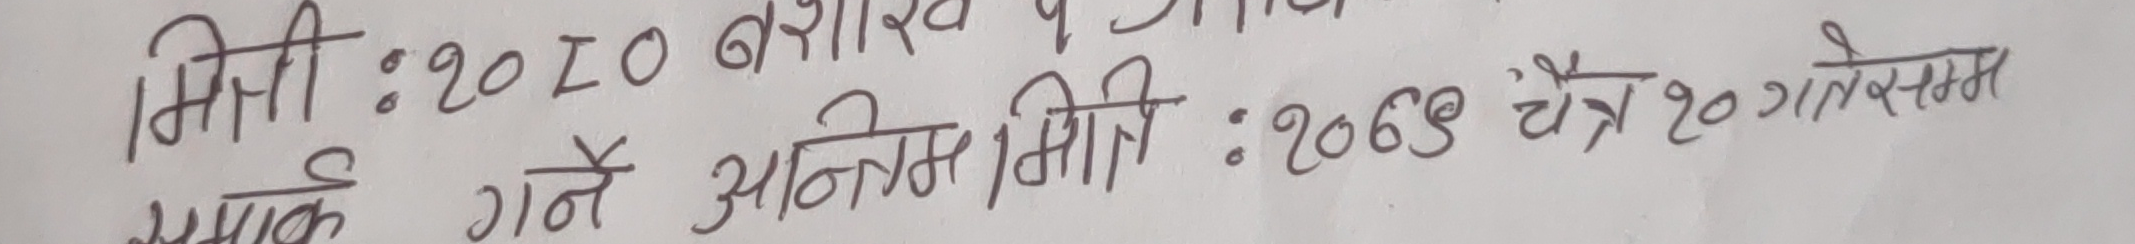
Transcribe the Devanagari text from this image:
मिति : २०१० वर्षको
सम्यक गर्ने अन्तिम मिति : २०६४ चैत्र २० गतेसम्म